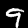
Digit: 9